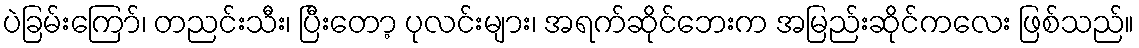
ပဲခြမ်းကြော်၊ တညင်းသီး၊ ပြီးတော့ ပုလင်းများ၊ အရက်ဆိုင်ဘေးက အမြည်းဆိုင်ကလေး ဖြစ်သည်။